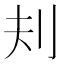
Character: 𪞾